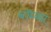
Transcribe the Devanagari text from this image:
बॉम्बस्